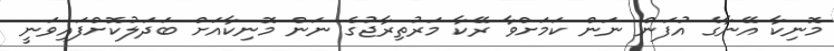
މޮނިކާ އޭނާގެ އުފަން ނަން ކަަމަށްވާ ރޭކާ މަރުތިރާޖުގެ ނަން މޮނިކާއަށް ބަދަލުކޮށްފައިވަނީ